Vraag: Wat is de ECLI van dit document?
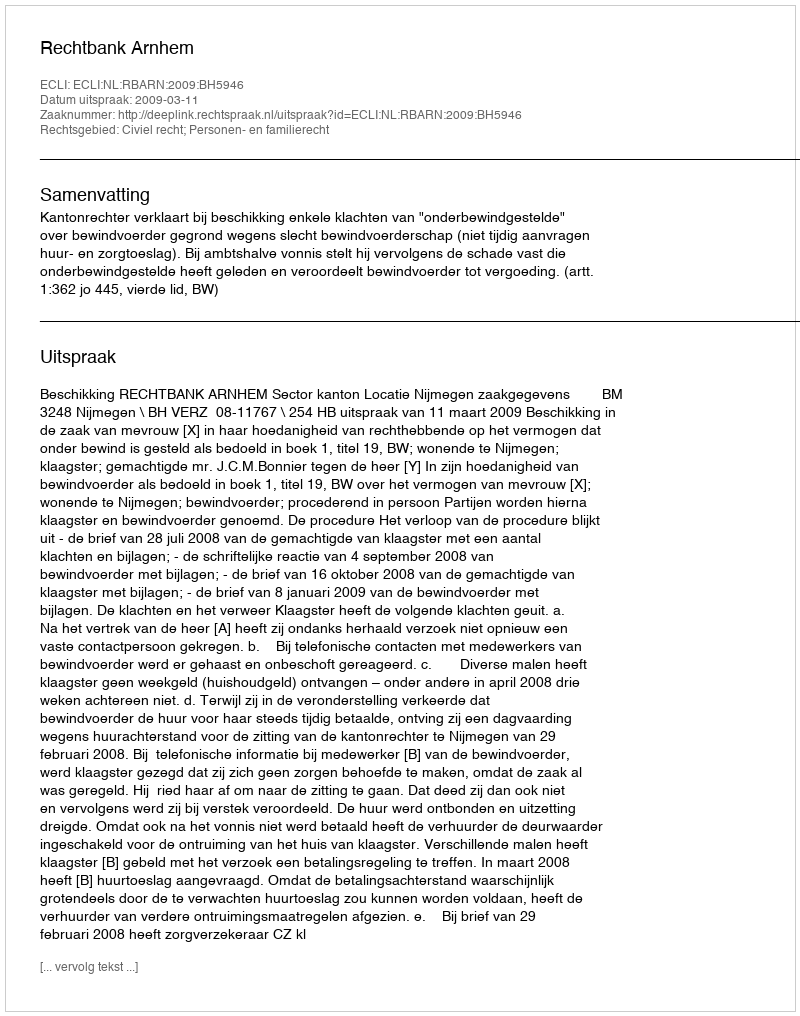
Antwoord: ECLI:NL:RBARN:2009:BH5946